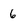
Character: 6